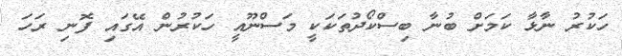
ހަކުރު ނާޅާ ކަމަށް ބުނާ ބިސްކޯދުތަކަކީ މަސްނޫއީ ހަކުރުން އޭގައި ފޮނި ރަހަ